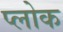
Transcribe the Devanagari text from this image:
प्लोक